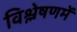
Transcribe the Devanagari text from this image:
विश्लेषणमें